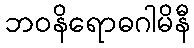
ဘဝနိရောဓဂါမိနီ